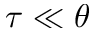
\tau \ll \theta